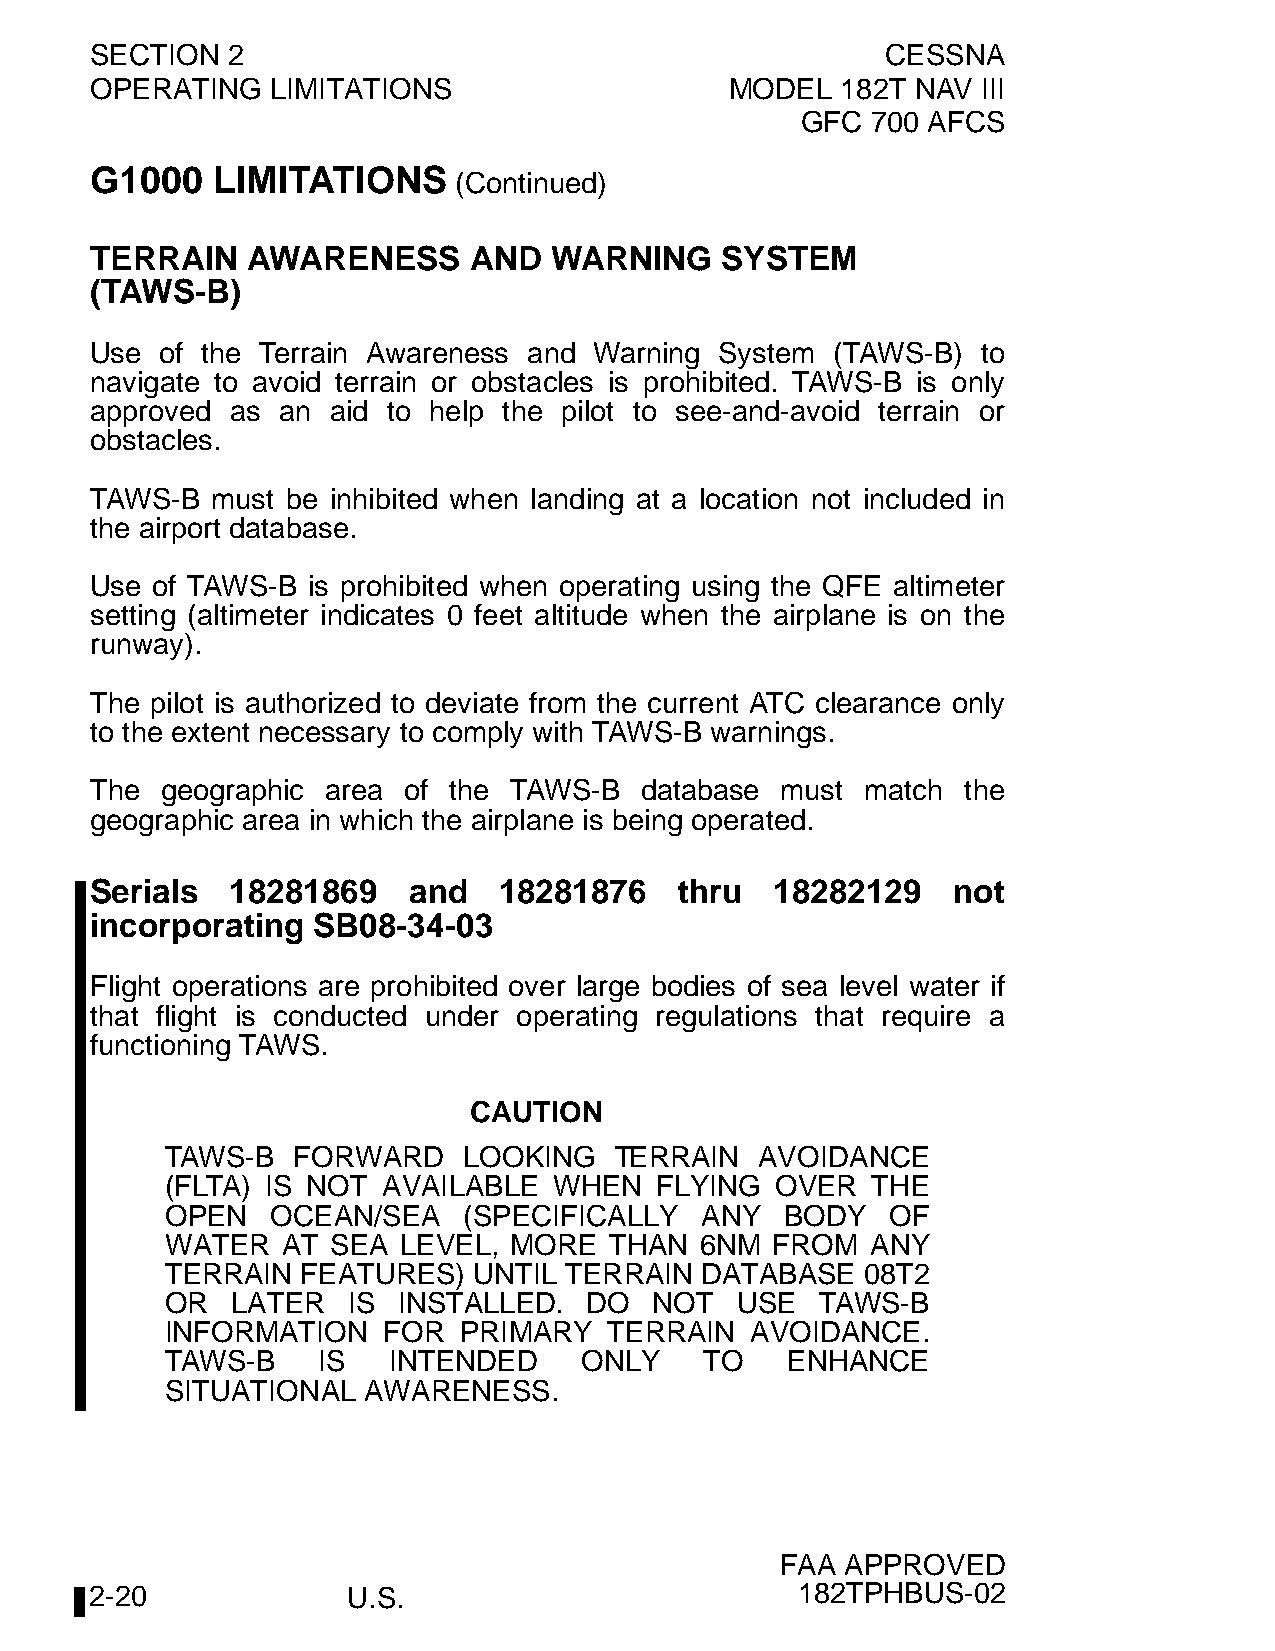
SECTION  2                                           CESSNA
 OPERATING   LIMITATIONS                   MODEL   182T NAV III
 GFC  700 AFCS
 G1000   LIMITATIONS
 (Continued)
 TERRAIN   AWARENESS      AND  WARNING     SYSTEM
 (TAWS-B)
 Use  of the Terrain Awareness and Warning System (TAWS-B)  to
 navigate to avoid terrain or obstacles is prohibited. TAWS-B is only
 approved as an  aid to help the pilot to see-and-avoid terrain or
 obstacles.
 TAWS-B  must be inhibited when landing at a location not included in
 the airport database.
 Use of TAWS-B is prohibited when operating using the QFE altimeter
 setting (altimeter indicates 0 feet altitude when the airplane is on the
 runway).
 The pilot is authorized to deviate from the current ATC clearance only
 to the extent necessary to comply with TAWS-B warnings.
 The  geographic area of the TAWS-B  database  must match  the
 geographic area in which the airplane is being operated.
 Serials  18281869    and   18281876    thru  18282129    not
 incorporating  SB08-34-03
 Flight operations are prohibited over large bodies of sea level water if
 that flight is conducted under operating regulations that require a
 functioning TAWS.
 CAUTION
 TAWS-B  FORWARD     LOOKING   TERRAIN  AVOIDANCE
 (FLTA) IS NOT AVAILABLE   WHEN  FLYING  OVER   THE
 OPEN   OCEAN/SEA    (SPECIFICALLY  ANY   BODY   OF
 WATER   AT SEA LEVEL,  MORE  THAN  6NM  FROM   ANY
 TERRAIN  FEATURES)  UNTIL TERRAIN  DATABASE   08T2
 OR  LATER   IS INSTALLED.   DO  NOT   USE  TAWS-B
 INFORMATION   FOR  PRIMARY   TERRAIN   AVOIDANCE.
 TAWS-B    IS   INTENDED    ONLY     TO   ENHANCE
 SITUATIONAL  AWARENESS.
 FAA APPROVED
 2-20             U.S.                          182TPHBUS-02